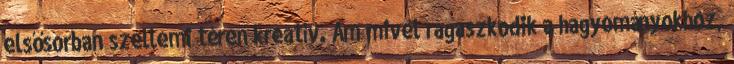
elsősorban szellemi téren kreatív. Ám mivel ragaszkodik a hagyományokhoz,